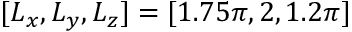
[ L _ { x } , L _ { y } , L _ { z } ] = [ 1 . 7 5 \pi , 2 , 1 . 2 \pi ]